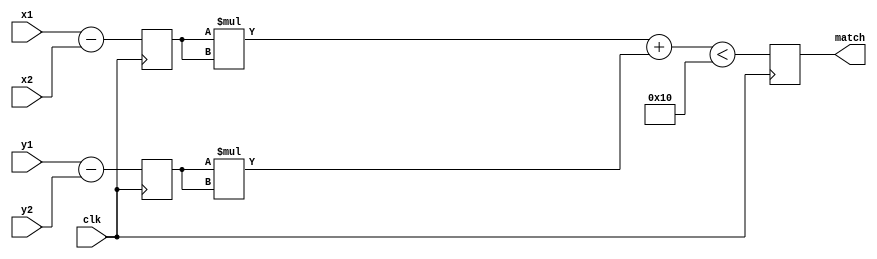
// Used for drawing a circle
module circle(
	input wire clk,
	input wire signed [9:0]x1,
	input wire signed [9:0]y1,
	input wire signed [9:0]x2,
	input wire signed [9:0]y2,
	output reg match
);
parameter radius = 4;

reg [9:0]dx;
reg [9:0]dy;

always @(posedge clk) begin
	dx <= x1-x2;
	dy <= y1-y2;
end

always @(posedge clk) begin
	match <= (dx*dx+dy*dy < radius*radius);
end


endmodule